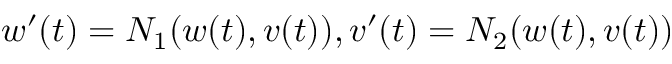
w ^ { \prime } ( t ) = N _ { 1 } ( w ( t ) , v ( t ) ) , v ^ { \prime } ( t ) = N _ { 2 } ( w ( t ) , v ( t ) )